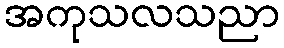
အကုသလသညာ